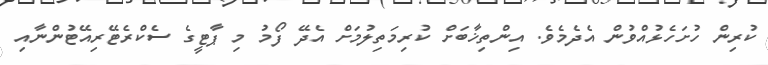
ކުރިން ހުށަހެޅުއްވުން އެދެމެވެ. އިންތިޚާބަށް ކުރިމަތިލުމަށް އެދޭ ފޯމު މި ޕާޓީގެ ސެކްރެޓޭރިއޭޓުންނާއި